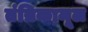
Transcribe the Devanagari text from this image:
तंत्रिकामूल